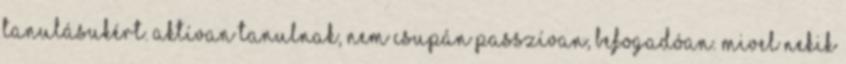
tanulásukért. Aktívan tanulnak, nem csupán passzívan, befogadóan. Mivel nekik